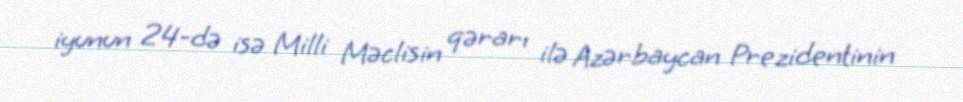
iyunun 24-də isə Milli Məclisin qərarı ilə Azərbaycan Prezidentinin